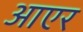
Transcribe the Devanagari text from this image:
आएर